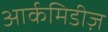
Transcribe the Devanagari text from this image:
आर्कमिडीज़